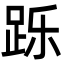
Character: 跞